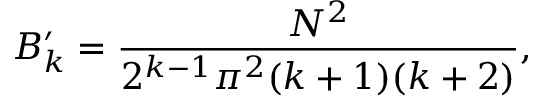
B _ { k } ^ { \prime } = { \frac { N ^ { 2 } } { 2 ^ { k - 1 } \pi ^ { 2 } ( k + 1 ) ( k + 2 ) } } ,